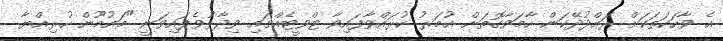
އެ ވާހަކަތަކަށް ރައްދުދޭކަން ހާމަވާގޮތަށް އުމަރު ކުރައްވާފައިވާ ޓްވީޓެއްގައި ވިދާޅުވެފައިވަނީ "މައުމޫން ހުރިއްޔާ